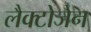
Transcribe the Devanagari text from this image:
लैक्टोजेन